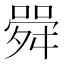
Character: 䑝